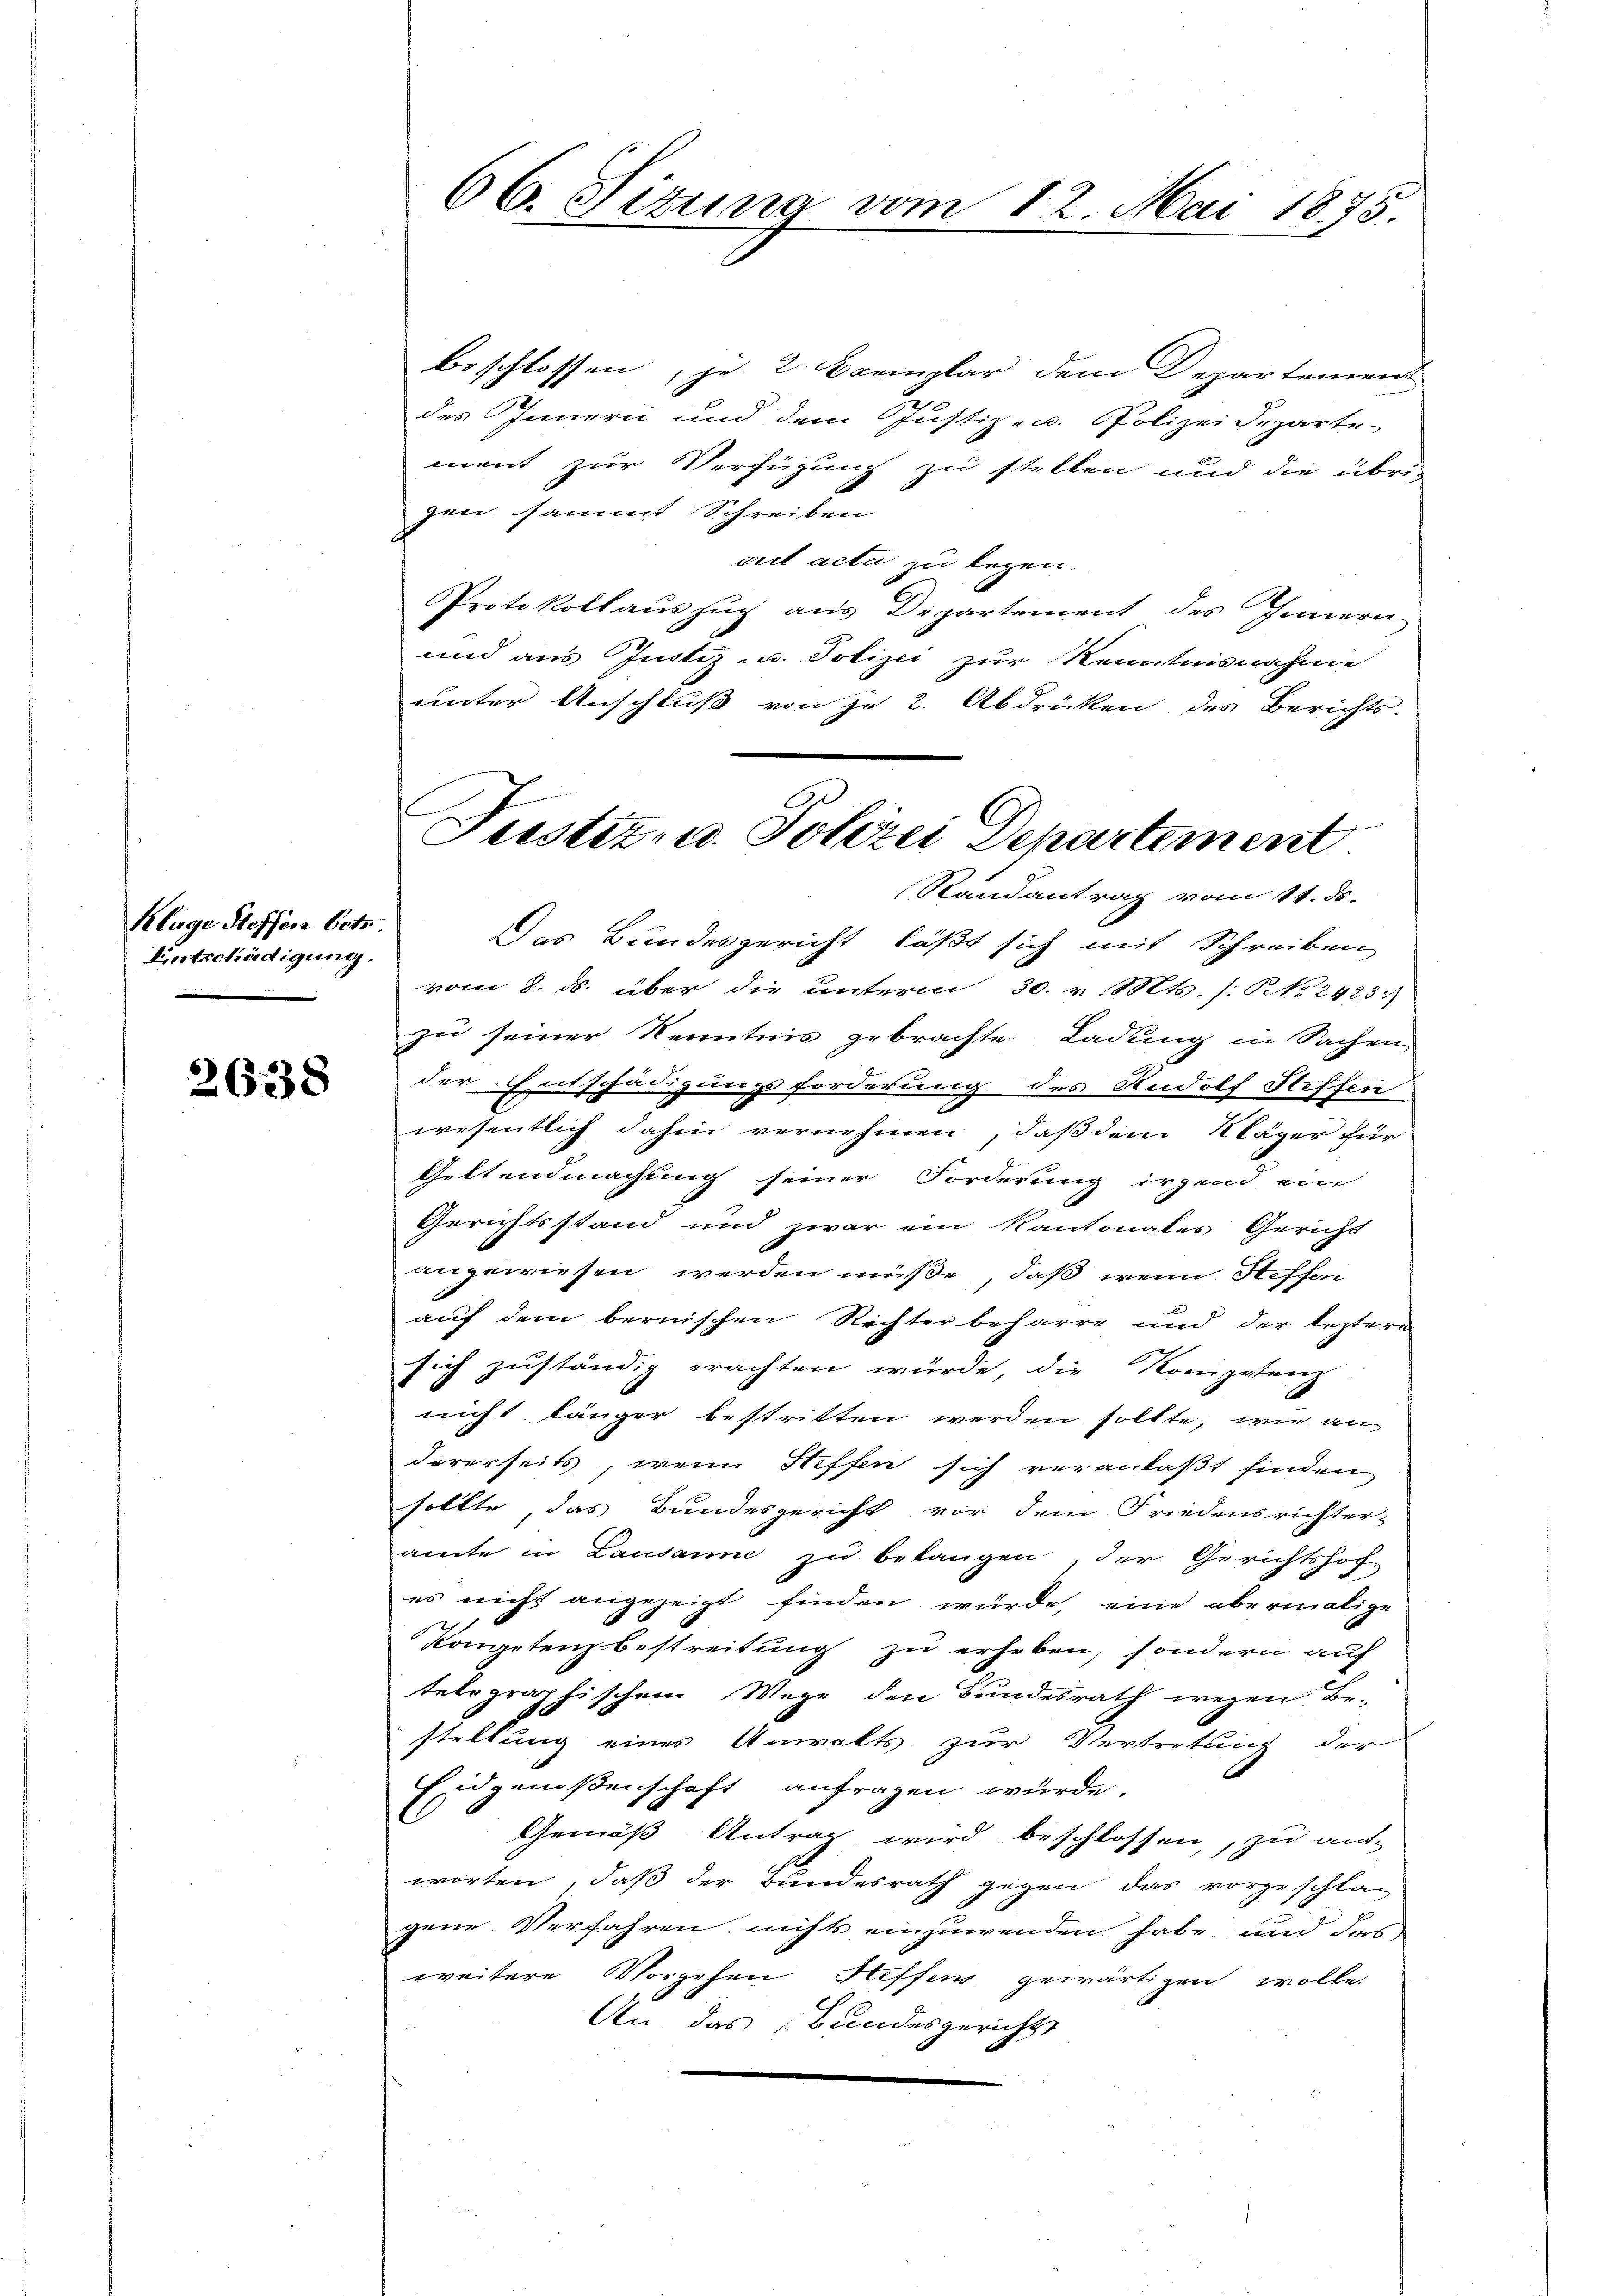
Klage Steffen betr
Entschädigung.

2638

beschlossen, je 2 Exemplar dem Departement
des Innern und dem Justiz- u. Polizeideparte
ment zur Verfügung zu stellen und die übrig
gen sammt Schreiben
cet acta zu legen.
Protokollauszug aus Departement des Innern
und aus Justiz- u. Polizei zur Kenntnisnahme
unter Anschluß von je 2. Abdrücken des Berichts-
Das Bundesgericht läßt sich mit Schreiben
vom 8. ds. über die Unterm 30. v. Mts. (NNo. 24231)
zu seiner Kenntnis gebrachte Ladung in Sachen
der Entschädigungsforderung des Rudolf Steffen
wesentlich dahin vernehmen, daß dem Kläger für
Geltendmachung seiner Forderung irgend ein
Gerichtsstand und zwar ein Kantonales Gericht
angewiesen werden müße, daß wenn Heffen
auf dem bernischen Richter beharre und der leztere
sich zuständig erachten würde die Kompetenz
nicht länger bestritten werden sollte, wie an
darerseits, wenn Steffen sich veranlaßt finden
sollte, das Bundesgericht vor dem Friedensrichter-
amte in Lausanne zu belangen, der Gerichtshof-
es nicht angezeigt finden würde, eine abermalige
Kompetenzbestreitung zu erheben, sondern auf
telegraphischem Wege den Bundesrath wegen Bestellung eines Anwalts zur Vertretung der
Eidgenoßenschaft anfragen würde.
Gemäß Antrag wird beschlossen,, zu ant-
worten, daß der Bundesrath gegen das vorgeschlagene Verfahren nichts einzuwenden habe und das
weitere Vorgehen Heffens gewärtigen wolle.
An das Bundesgerichts

66. Sizung vom 12. Mai 1875.

Gu
A
Pustiz- u. Polizei Departement
Randantrag vom 11. ds.